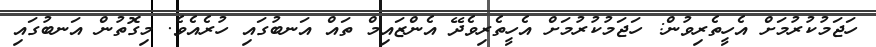
ހަޖަމުކުރުމަށް އެހީތެރިވުން: ހަޖަމުކުރުމަށް އެހީތެރިވެދޭ އެންޒައިމް ތައް އަނބުގައި ހުރެއެވެ. މިގޮތުން އަނބުގައި